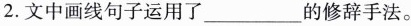
2.文中画线句子运用了___的修辞手法。